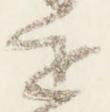
追